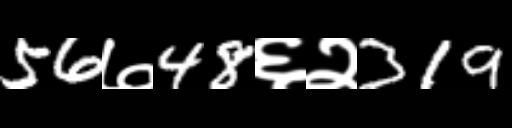
Text: 56७48६२319